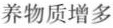
养物质增多